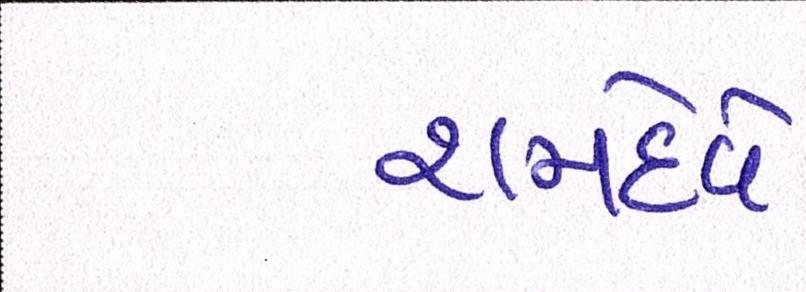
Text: રામદેવે